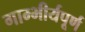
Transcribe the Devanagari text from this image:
गाम्भीर्यपूर्ण